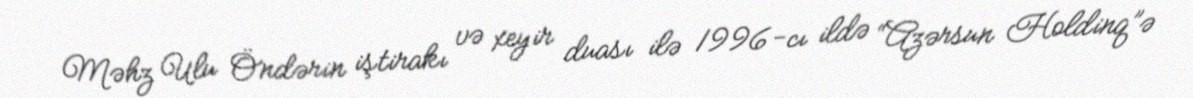
Məhz Ulu Öndərin iştirakı və xeyir duası ilə 1996-cı ildə “Azərsun Holdinq”ə